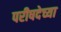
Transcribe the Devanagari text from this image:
परीषदेच्या